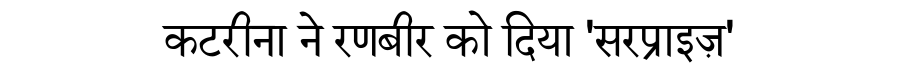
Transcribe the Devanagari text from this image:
कटरीना ने रणबीर को दिया 'सरप्राइज़'